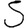
Digit: 5